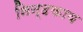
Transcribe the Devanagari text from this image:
निन्दकाय